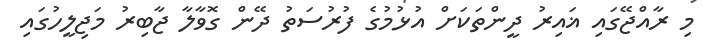
މި ރާއްޖޭގައި ޣައިރު ދީންތަކަށް އުޅުމުގެ ފުރުސަތު ދޭން ގޮވާލާ ޖާބިރު މަޖިލީހުގައި